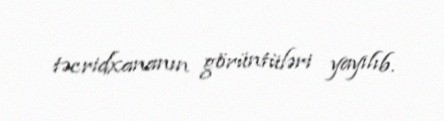
təcridxananın görüntüləri yayılıb.